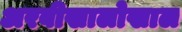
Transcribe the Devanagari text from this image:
अरबीखालोखाल